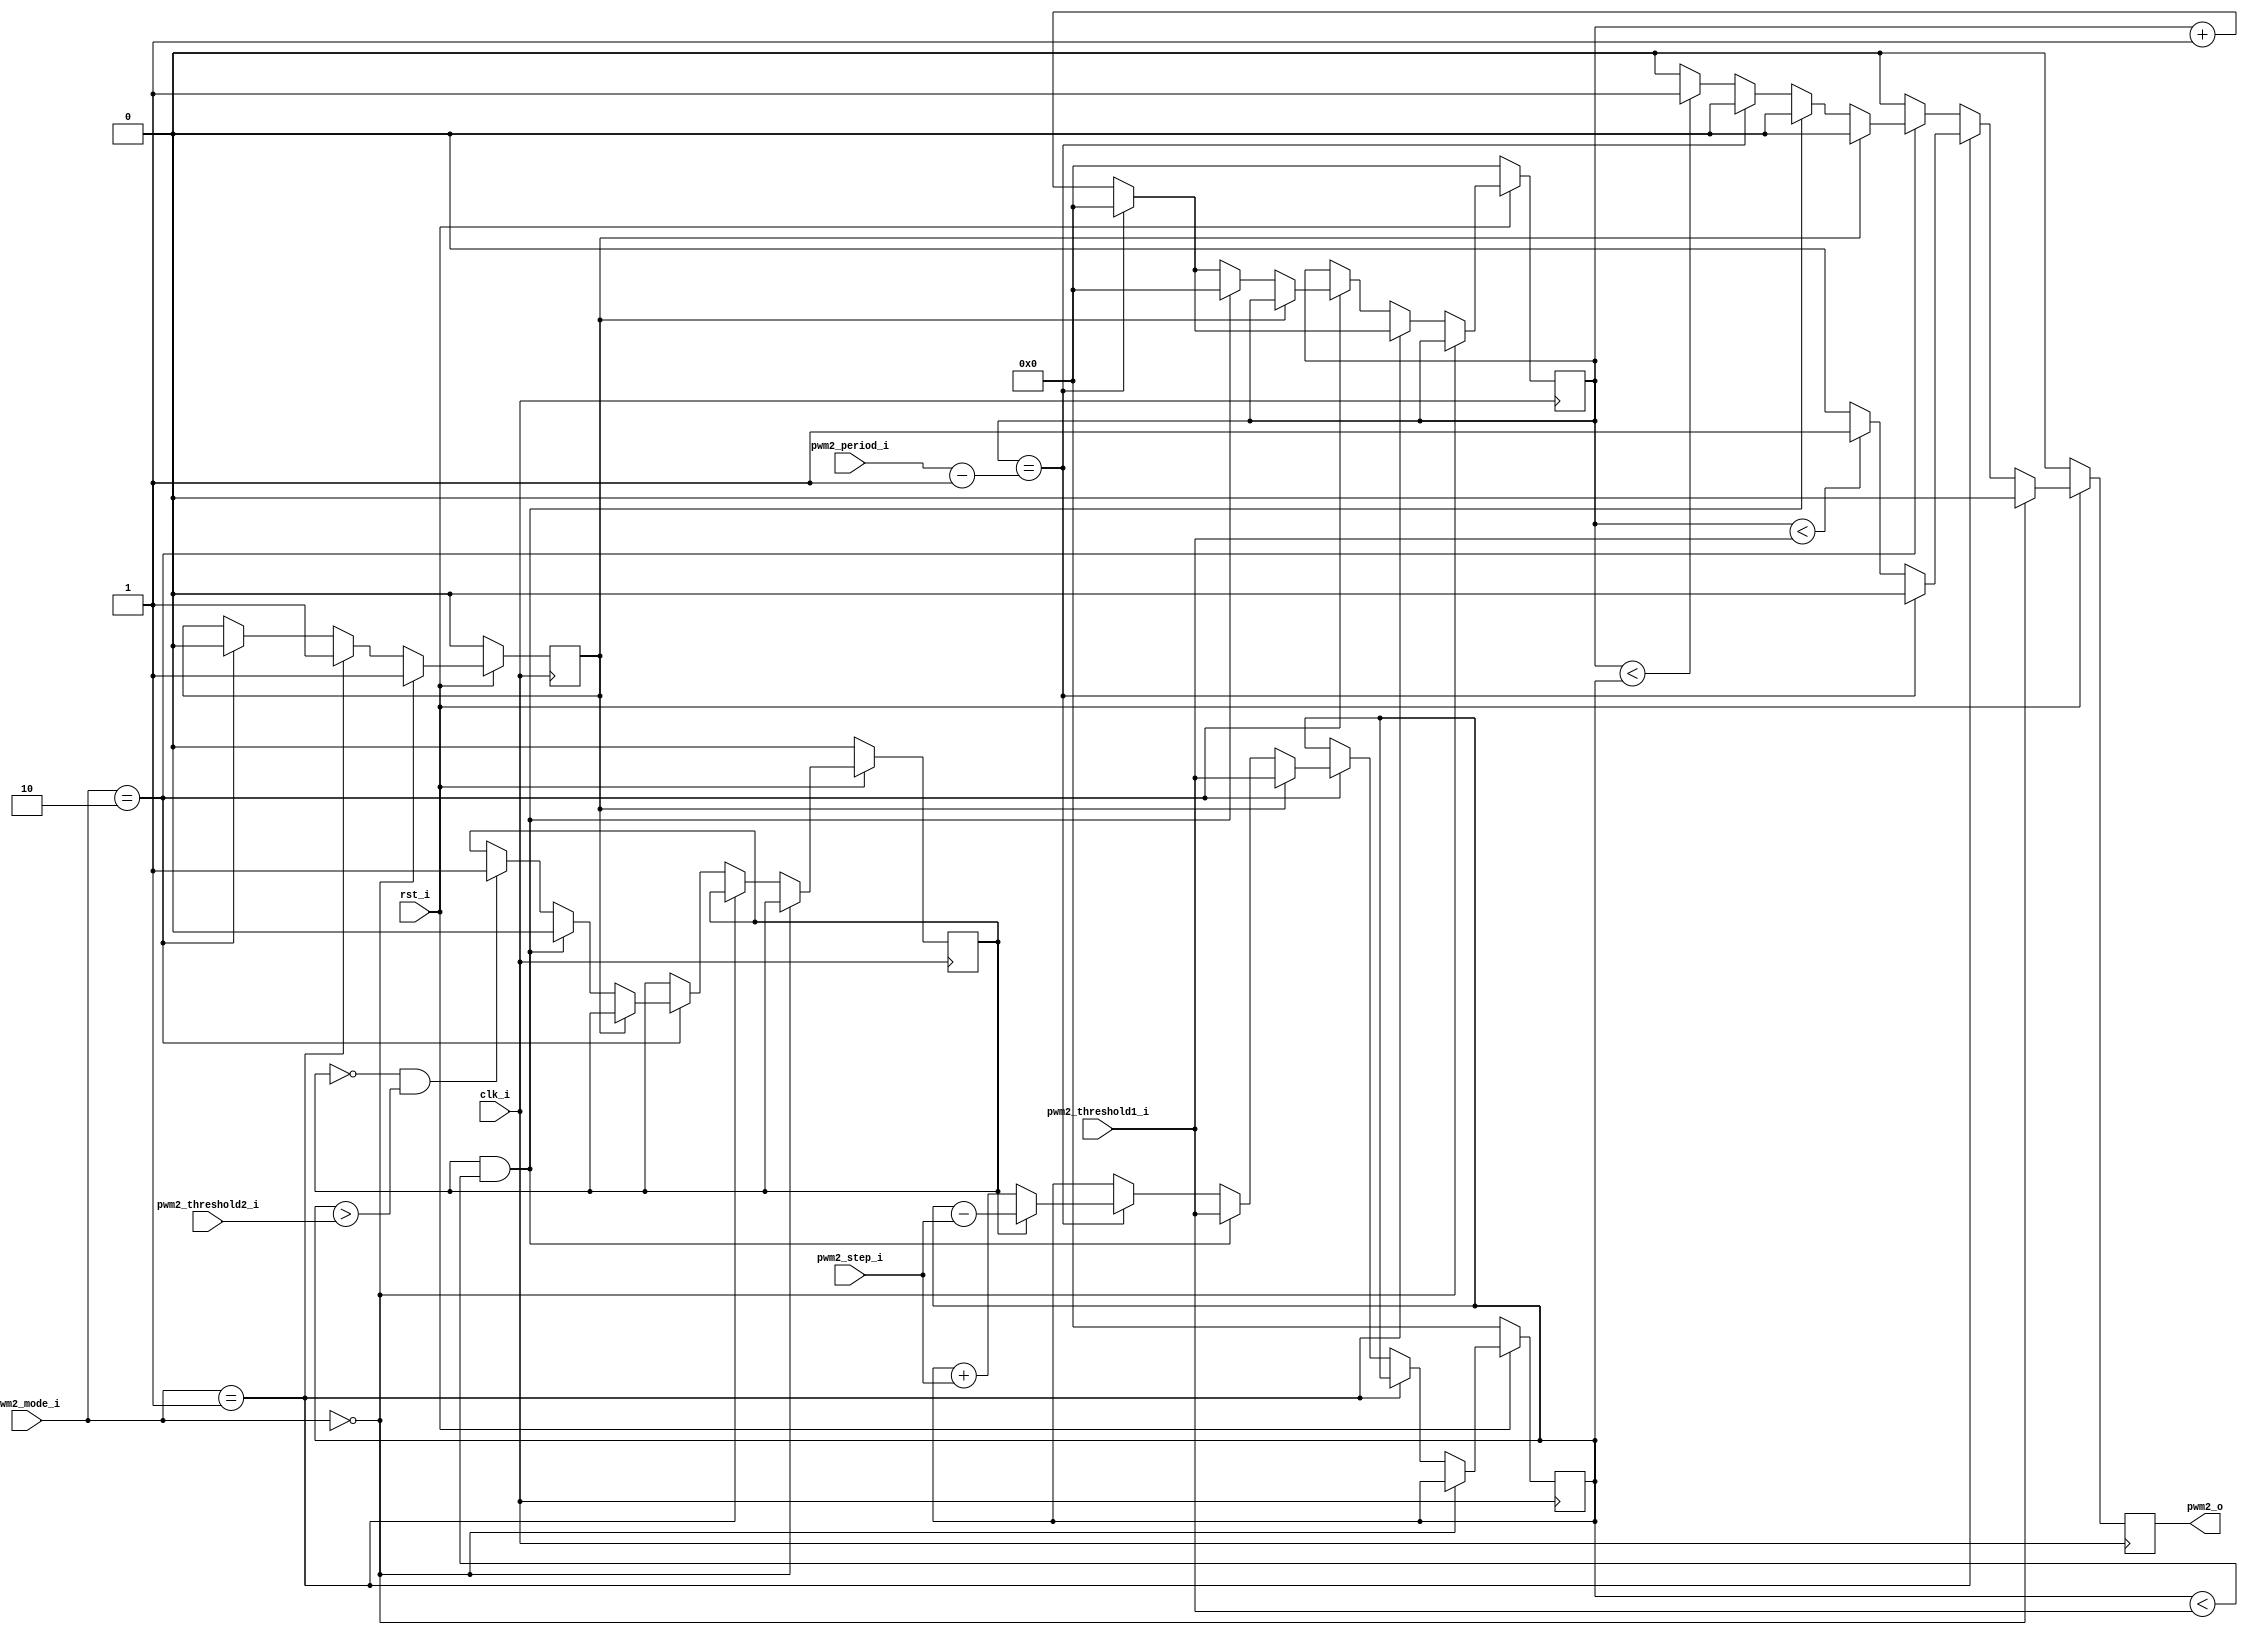
`timescale 1ns / 1ps

module pwm2(
   input           clk_i,
   input           rst_i,
   input [1:0]     pwm2_mode_i, 
   input [31:0]    pwm2_period_i,
   input [31:0]    pwm2_threshold1_i,
   input [31:0]    pwm2_threshold2_i,
   input [11:0]    pwm2_step_i,
   output          pwm2_o
);
    
   wire [1:0]     pwm2_mode_w          ;
   wire [31:0]    pwm2_period_w        ;
   wire [31:0]    pwm2_threshold1_w    ;
   wire [31:0]    pwm2_threshold2_w    ;
   wire [11:0]    pwm2_step_w          ;
   
   assign pwm2_mode_w = pwm2_mode_i;
   assign pwm2_period_w = pwm2_period_i;
   assign pwm2_threshold1_w = pwm2_threshold1_i;
   assign pwm2_threshold2_w = pwm2_threshold2_i;
   assign pwm2_step_w = pwm2_step_i;
    
    
   reg [31:0] counter                 ;
   reg [31:0] counter_next            ;
   reg [31:0] mode2_threshold         ;
   reg [31:0] mode2_threshold_next    ;
   
   reg pwm2_o_r                       ;
   reg pwm2_o_r_next                  ;
   assign pwm2_o = pwm2_o_r;
   reg mode2_threshold_control        ;
   reg mode2_threshold_control_next   ;
    
   wire kontrol;
   assign kontrol = (counter==(pwm2_period_w-1'b1));
    
   reg geri_gel_r;
   reg geri_gel_r_next;
    
   always @* begin
      counter_next = counter;
      pwm2_o_r_next = 1'b0;
      mode2_threshold_next = mode2_threshold;
      mode2_threshold_control_next = mode2_threshold_control;
      geri_gel_r_next = geri_gel_r;
      
      if(pwm2_mode_w==2'd0) begin // cikis 0 verilir
         mode2_threshold_control_next = 1'b1;
         pwm2_o_r_next = 1'b0;
      end
      
      else if(pwm2_mode_w==2'd1) begin // standart mod
         mode2_threshold_control_next = 1'b1;
         if(kontrol) begin
            counter_next = 32'd0;
         end
         else begin
            counter_next = counter + 1'b1;
            if(counter<pwm2_threshold1_w) begin
               pwm2_o_r_next = 1'b1;
            end
            else begin
               pwm2_o_r_next = 1'b0;
            end
         end
      end
      
      else if(pwm2_mode_w==2'd2) begin // kalp atisi modu
         if(mode2_threshold_control) begin
            mode2_threshold_next = pwm2_threshold1_w;
            mode2_threshold_control_next = 1'b0;
         end
         else begin
            if(!geri_gel_r && mode2_threshold>pwm2_threshold2_w) begin
               // bitti, bastan basla
               counter_next = 32'd0;
               mode2_threshold_next = pwm2_threshold2_w;
               geri_gel_r_next = 1'b1;
            end 
            if(geri_gel_r && mode2_threshold<pwm2_threshold1_w) begin
               // bitti, bastan basla
               counter_next = 32'd0;
               mode2_threshold_next = pwm2_threshold1_w;
               geri_gel_r_next = 1'b0;
            end 
            else begin
               if(kontrol) begin
                  counter_next = 32'd0;
                  if(!geri_gel_r)begin
                     mode2_threshold_next = mode2_threshold + pwm2_step_w; 
                  end
                  else begin
                     mode2_threshold_next = mode2_threshold - pwm2_step_w;
                  end
               end
               else begin
                  mode2_threshold_next = mode2_threshold;
                  counter_next = counter + 1'b1;
                  if(counter<mode2_threshold) begin
                     pwm2_o_r_next = 1'b1;
                  end
                  else begin
                     pwm2_o_r_next = 1'b0;
                  end
               end
            end
         end
      end
   end
   
   always @(posedge clk_i) begin
      if(!rst_i) begin // rst_i == 0 ise resetlenecek
         pwm2_o_r <= 1'b0;
         counter <= 32'd0;
         mode2_threshold <= 32'd0;
         mode2_threshold_control <= 1'b0;
         geri_gel_r <= 1'b0;
      end
      else begin
         pwm2_o_r <= pwm2_o_r_next;
         counter <= counter_next;
         mode2_threshold <= mode2_threshold_next;
         mode2_threshold_control <= mode2_threshold_control_next;
         geri_gel_r <= geri_gel_r_next;
      end  
   end
    
endmodule